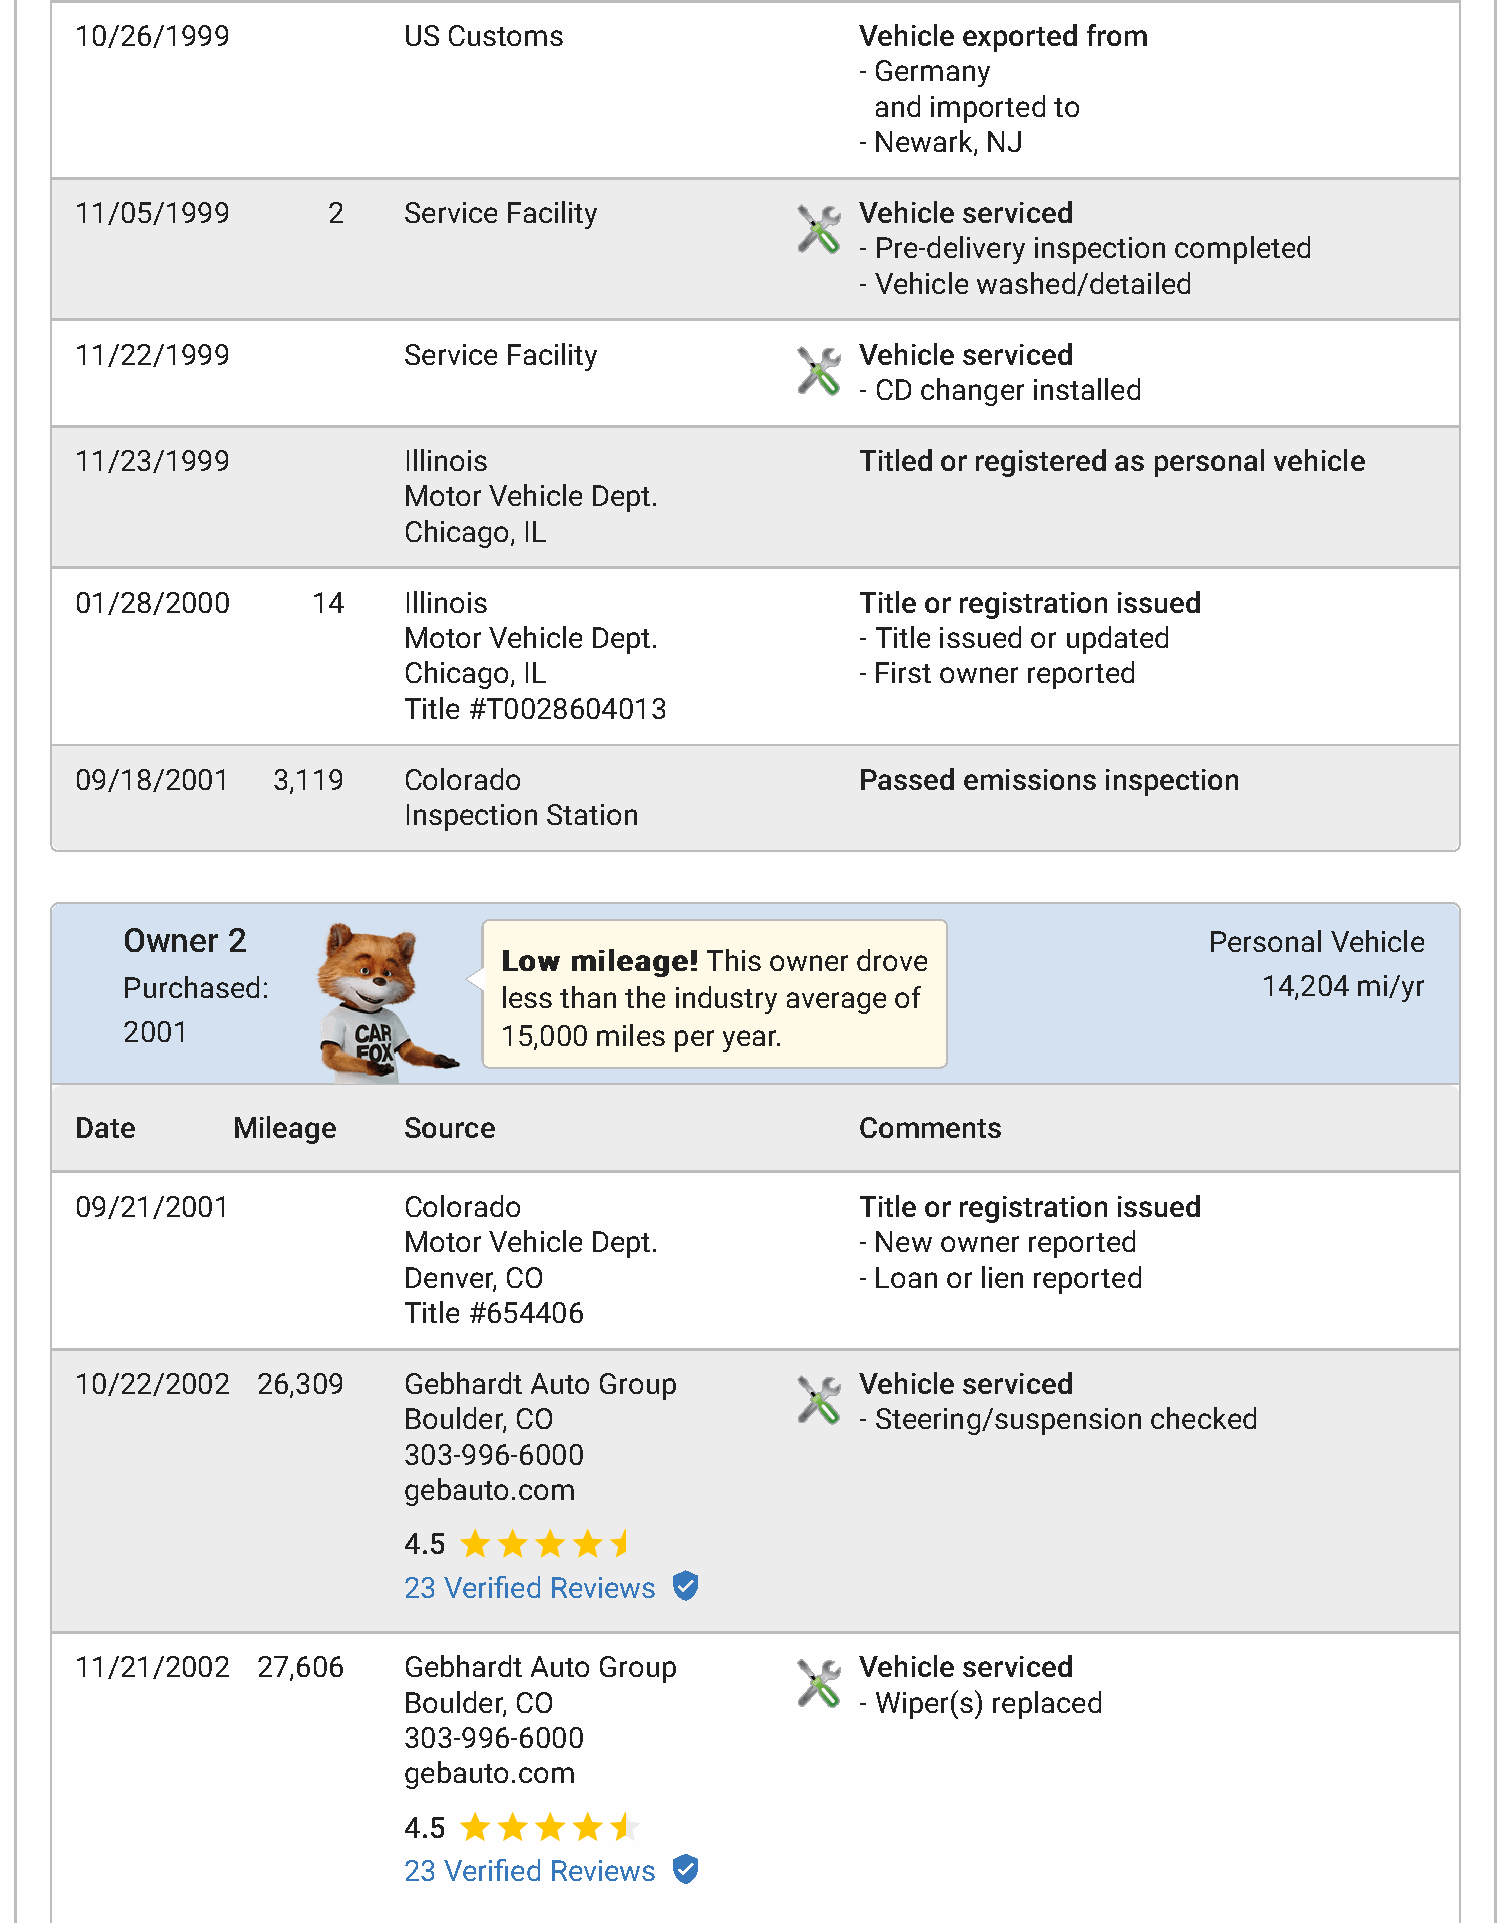
10/26/1999            US Customs                    Vehicle exported from
 - Germany
 and imported to
 - Newark, NJ
 11/05/1999       2    Service Facility              Vehicle serviced
 - Pre-delivery inspection completed
 - Vehicle washed/detailed
 11/22/1999            Service Facility              Vehicle serviced
 - CD changer installed
 11/23/1999            Illinois                      Titled or registered as personal vehicle
 Motor Vehicle Dept.
 Chicago, IL
 01/28/2000      14    Illinois                      Title or registration issued
 Motor Vehicle Dept.           - Title issued or updated
 Chicago, IL                   - First owner reported
 Title #T0028604013
 09/18/2001   3,119    Colorado                      Passed emissions inspection
 Inspection Station
 Owner  2                                                                Personal Vehicle
 LLooww mmiilleeaaggee!! This owner drove
 Purchased:                                                                  14,204 mi/yr
 less than the industry average of
 2001                     15,000 miles per year.
 Date      Mileage     Source                        Comments
 09/21/2001            Colorado                      Title or registration issued
 Motor Vehicle Dept.           - New owner reported
 Denver, CO                    - Loan or lien reported
 Title #654406
 10/22/2002  26,309    Gebhardt Auto Group           Vehicle serviced
 Boulder, CO                   - Steering/suspension checked
 303-996-6000
 gebauto.com
 4.5
 23 Verided Reviews
 11/21/2002  27,606    Gebhardt Auto Group           Vehicle serviced
 Boulder, CO                   - Wiper(s) replaced
 303-996-6000
 gebauto.com
 4.5
 23 Verided Reviews